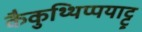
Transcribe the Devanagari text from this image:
कैकुथ्थिप्पयाट्टू